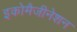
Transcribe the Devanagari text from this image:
इकोमैजीनेशन